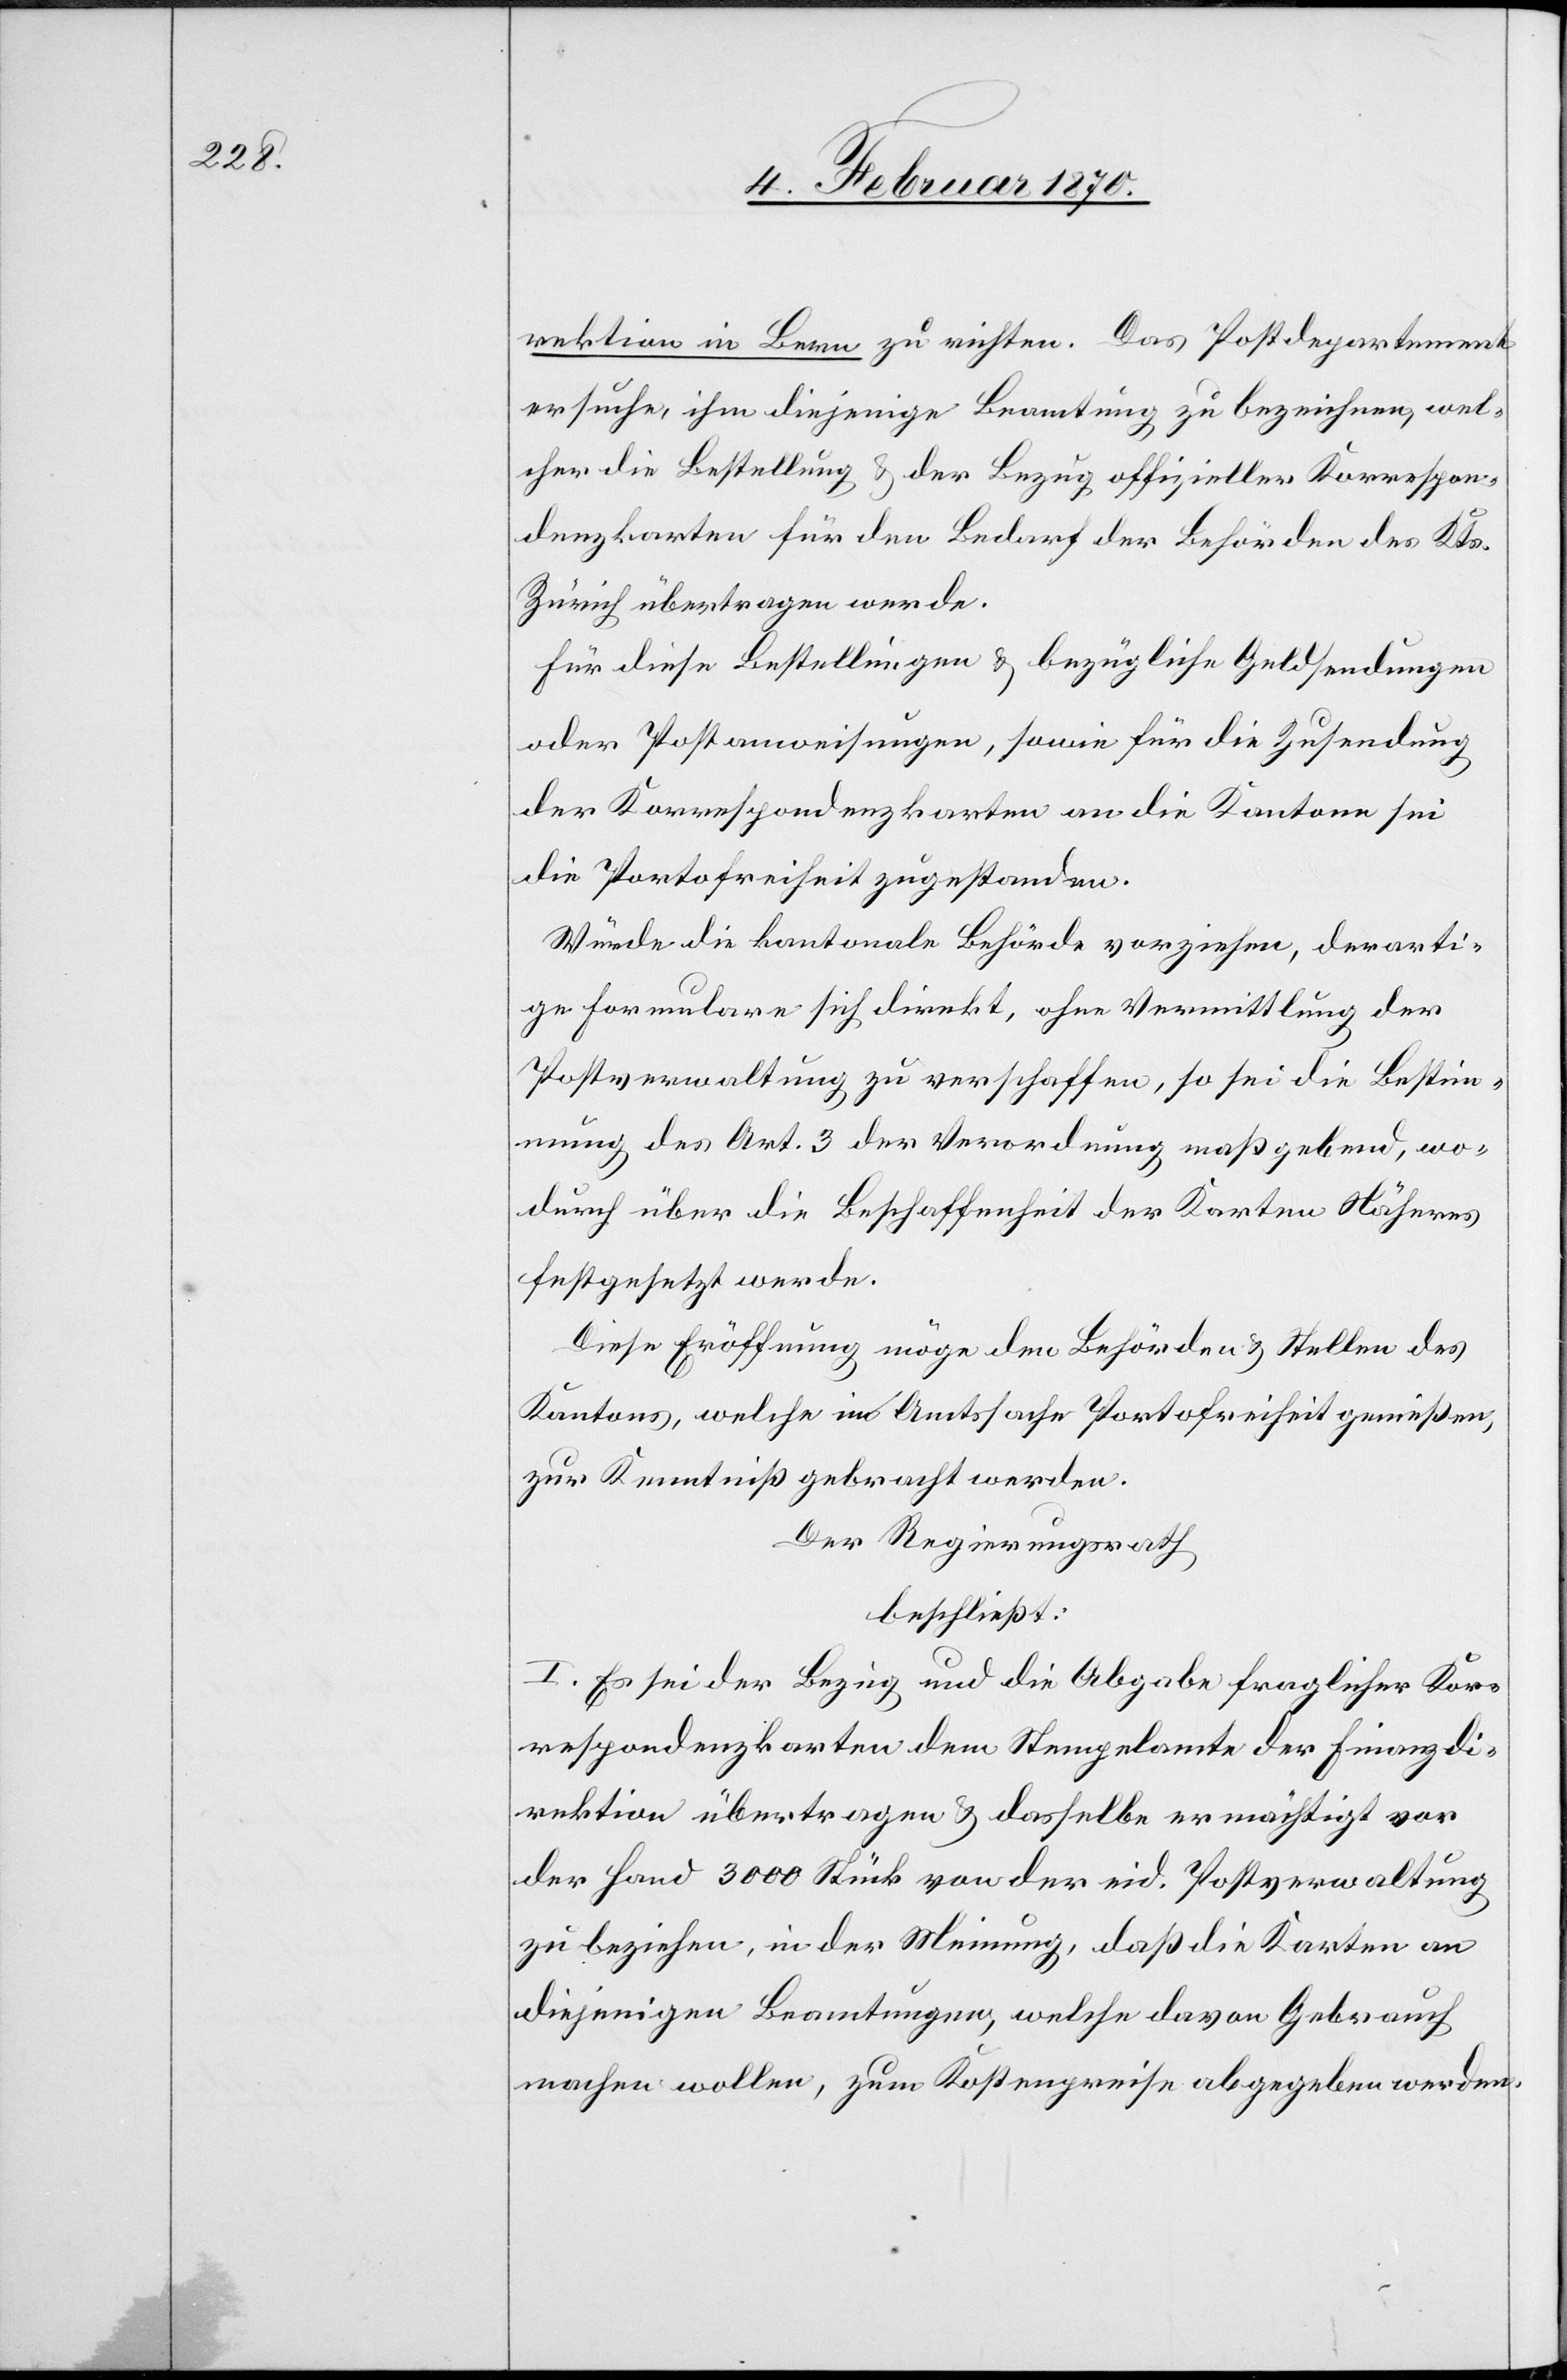
rektion in Bern zu richten. Das Postdepartement
ersuche, ihm diejenige Beamtung zu bezeichnen, wel¬
cher die Bestellung u. der Bezug offizieller Korrespon¬
denzkarten für den Bedarf der Behörden des Kts.
Zürich übertragen werde.
Für diese Bestellungen u. bezüglich Geldsendungen
oder Postanweisungen, sowie für die Zusendung
der Korrespondenzkarten an die Kantone sei
die Portofreiheit zugestanden.
Würde die kantonale Behörde vorziehen, derarti¬
ge Formulare sich direkt, ohne Vermittlung der
Postverwaltung zu verschaffen, so sei die Bestim¬
mung des Art. 3 der Verordnung maßgebend, wo¬
durch über die Beschaffenheit der Karten Näheres
festgesetzt werde.
Diese Eröffnung möge den Behörden u. Stellen des
Kantons, welche in Amtssache Portofreiheit genießen,
zur Kenntniß gebracht werden.
Der Regierungsrath
beschließt:
I. Es sei der Bezug und die Abgabe fraglicher Kor¬
respondenzkarten dem Stempelamte der Finanzdi¬
rektion übertragen u. dasselbe ermächtigt vor
der Hand 3000 Stück von der eid. Postverwaltung
zu beziehen, in der Meinung, daß die Karten an
diejenigen Beamtungen, welche davon Gebrauch
machen wollen, zum Kostenpreise abgegeben werden.